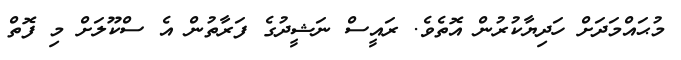
މުޙައްމަދަށް ހަދިޔާކުރުން އޮތެވެ. ރައީސް ނަޝީދުގެ ފަރާތުން އެ ސްކޫލަށް މި ފޮތް